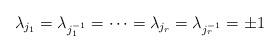
LaTeX: \begin{align*}\lambda_{j_1}=\lambda_{j_1^{-1}}=\dots = \lambda_{j_r}=\lambda_{j_r^{-1}}=\pm 1\end{align*}